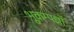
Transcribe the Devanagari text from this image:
भूकम्पज्ञों